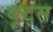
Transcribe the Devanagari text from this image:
बू्ट्स